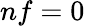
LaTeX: nf=0